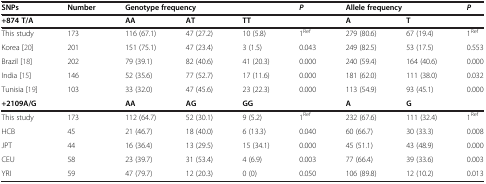
| SNPs | Number | <COLSPAN=3> Genotype frequency | P | <COLSPAN=2> Allele frequency | P |
 | --- | --- | --- | --- | --- | --- | --- | --- | --- |
 | +874 T/A |  | AA | AT | TT |  | A | T |  |
 | This study | 173 | 116 (67.1) | 47 (27.2) | 10 (5.8) | 1Ref | 279 (80.6) | 67 (19.4) | 1Ref |
 | Korea [20] | 201 | 151 (75.1) | 47 (23.4) | 3 (1.5) | 0.043 | 249 (82.5) | 53 (17.5) | 0.553 |
 | Brazil [18] | 202 | 79 (39.1) | 82 (40.6) | 41 (20.3) | 0.000 | 240 (59.4) | 164 (40.6) | 0.000 |
 | India [15] | 146 | 52 (35.6) | 77 (52.7) | 17 (11.6) | 0.000 | 181 (62.0) | 111 (38.0) | 0.032 |
 | Tunisia [19] | 103 | 33 (32.0) | 47 (45.6) | 23 (22.3) | 0.000 | 113 (54.9) | 93 (45.1) | 0.000 |
 | +2109A/G |  | AA | AG | GG |  | A | G |  |
 | This study | 173 | 112 (64.7) | 52 (30.1) | 9 (5.2) | 1Ref | 232 (67.6) | 111 (32.4) | 1Ref |
 | HCB | 45 | 21 (46.7) | 18 (40.0) | 6 (13.3) | 0.040 | 60 (66.7) | 30 (33.3) | 0.008 |
 | JPT | 44 | 16 (36.4) | 13 (29.5) | 15 (34.1) | 0.000 | 45 (51.1) | 43 (48.9) | 0.000 |
 | CEU | 58 | 23 (39.7) | 31 (53.4) | 4 (6.9) | 0.003 | 77 (66.4) | 39 (33.6) | 0.003 |
 | YRI | 59 | 47 (79.7) | 12 (20.3) | 0 (0) | 0.050 | 106 (89.8) | 12 (10.2) | 0.013 |